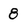
Character: 8